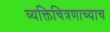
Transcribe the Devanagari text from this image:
व्यक्तिचित्रणाच्याच